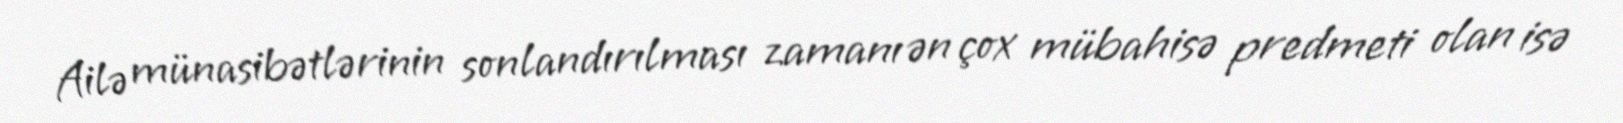
Ailə münasibətlərinin sonlandırılması zamanı ən çox mübahisə predmeti olan isə